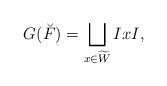
LaTeX: \begin{align*}G(\breve F) = \bigsqcup_{x\in \widetilde W} IxI,\end{align*}